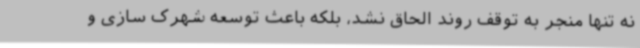
نه تنها منجر به توقف روند الحاق نشد، بلکه باعث توسعه شهرک سازی و